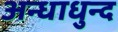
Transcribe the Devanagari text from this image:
अन्धाधुन्द